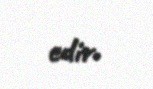
edir.